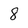
Character: 8